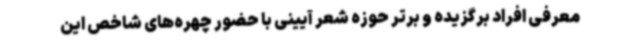
معرفی افراد برگزیده و برتر حوزه شعر آیینی با حضور چهره‌های شاخص این